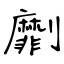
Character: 劘